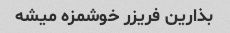
بذارین فریزر خوشمزه میشه